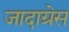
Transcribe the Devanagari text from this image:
जादाग्रेस